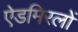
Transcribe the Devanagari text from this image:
ऐडमिरलों